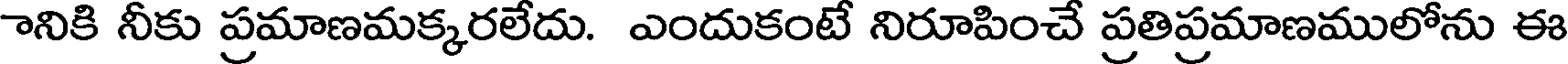
ానికి నీకు ప్రమాణమక్కరలేదు. ఎందుకంటే నిరూపించే ప్రతిప్రమాణములోను ఈ